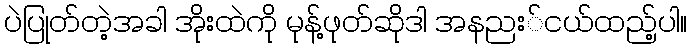
ပဲပြုတ်တဲ့အခါ အိုးထဲကို မုန့်ဖုတ်ဆိုဒါ အနညး်ငယ်ထည့်ပါ။